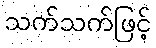
သက်သက်ဖြင့်